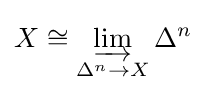
X\cong \varinjlim _{\Delta ^{n}\rightarrow X}\Delta ^{n}